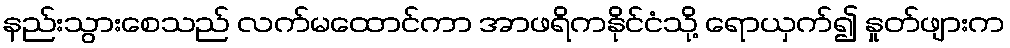
နည်းသွားစေသည် လက်မထောင်ကာ အာဖရိကနိုင်ငံသို့ ရောယှက်၍ နှုတ်ဖျားက